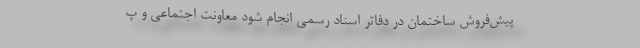
پیش‌فروش ساختمان در دفاتر اسناد رسمی انجام شود معاونت اجتماعی و پ